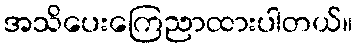
အသိပေးကြေညာထားပါတယ်။